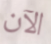
الآن